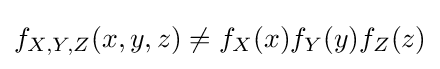
f_{X,Y,Z}(x,y,z)\neq f_{X}(x)f_{Y}(y)f_{Z}(z)